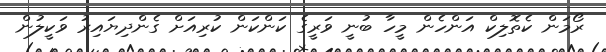
ރޯމަން ކެތޮލިކް އަންހެން މީހާ ބުނީ ވަރީގެ ކަންކަން ކުރިއަށް ގެންދިިޔައިރު ވަކީލުން